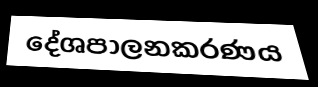
දේශපාලනකරණය